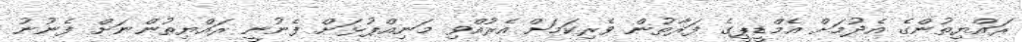
ރައްޔިތުންގެ އެދުމަށް އެމްޑީޕީގެ ފަރާތުން ވެރިކަމަށް އެރުއްވި މަނިއްޕުޅަށް ފެނުނީ ރައްޔިތުންނަށް ފެނުނު